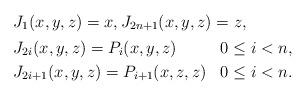
LaTeX: \begin{align*} & J_1(x,y,z) = x, J_{2n+1}(x,y,z) = z, \\ & \begin{aligned} & J_{2i}(x,y,z) = P_i(x,y,z) & & 0\leq i<n, \\ & J_{2i+1}(x,y,z) = P_{i+1}(x,z,z) & & 0\leq i<n. \end{aligned}\end{align*}